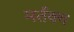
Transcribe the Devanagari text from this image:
मर्तक्य